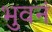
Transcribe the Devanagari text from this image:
भुवनं